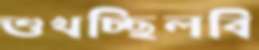
শুখচ্ছিলবি